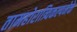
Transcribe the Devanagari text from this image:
तामहोरात्र्विकल्पमेके